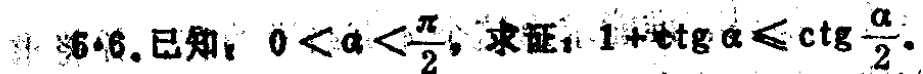
已知，\(0 < \alpha < \frac{\pi}{2}\)，求证：\(1 + \operatorname{tg}\alpha \leqslant \operatorname{ctg}\frac{\alpha}{2}\)